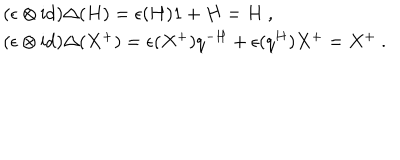
\begin{array} { r c l } { { } } & { { } } & { { ( \epsilon \otimes \mathrm { i d } ) \Delta ( H ) = \epsilon ( H ) 1 + H = H ~ , } } \\ { { } } & { { } } & { { ( \epsilon \otimes \mathrm { i d } ) \Delta ( X ^ { + } ) = \epsilon ( X ^ { + } ) q ^ { - H } + \epsilon ( q ^ { H } ) X ^ { + } = X ^ { + } ~ . } } \\ \end{array}